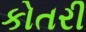
કોતરી